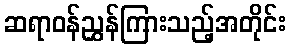
ဆရာဝန်ညွှန်ကြားသည့်အတိုင်း